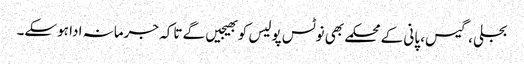
بجلی ، گیس، پانی کے محکمے بھی نوٹس پولیس کو بھیجیں گے تاکہ جرمانہ ادا ہوسکے۔